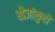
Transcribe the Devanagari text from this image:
बीजांकुरों